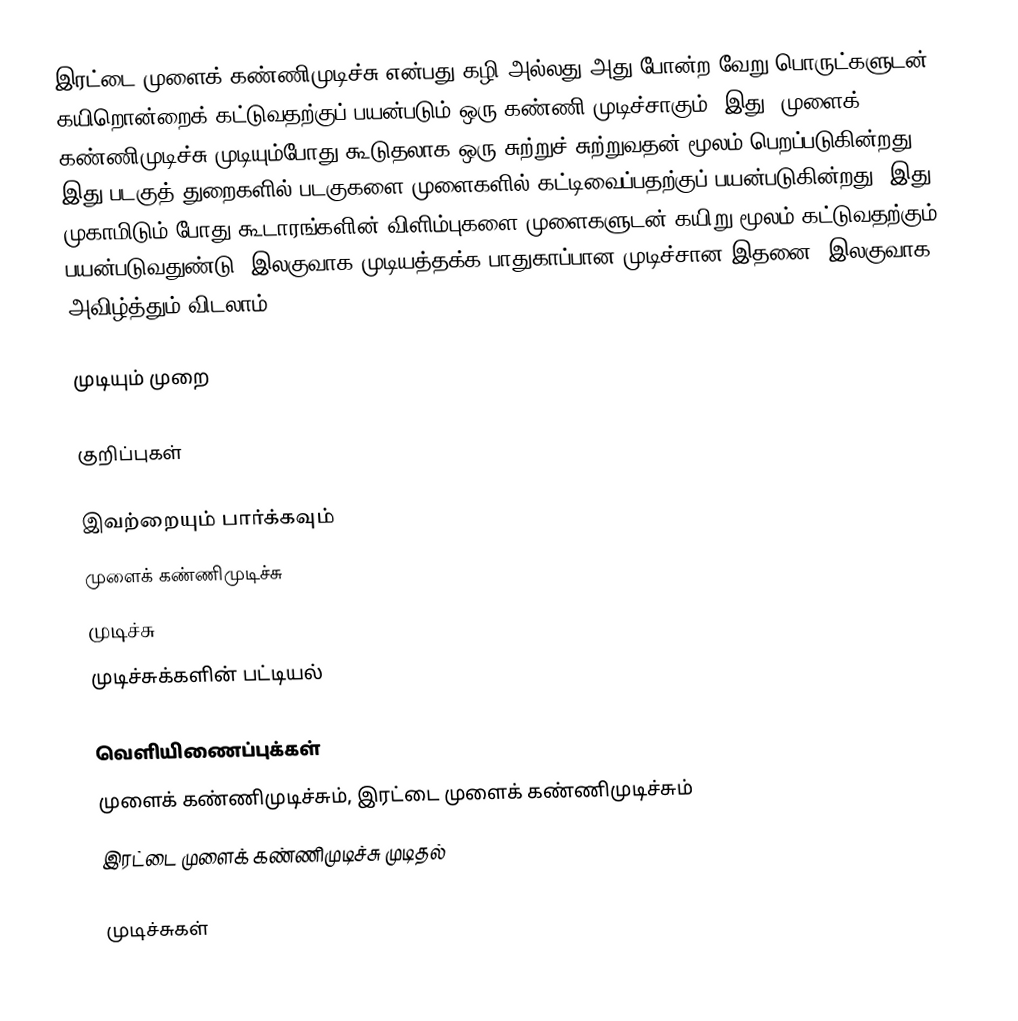
இரட்டை முளைக் கண்ணிமுடிச்சு என்பது கழி அல்லது அது போன்ற வேறு பொருட்களுடன் கயிறொன்றைக் கட்டுவதற்குப் பயன்படும் ஒரு கண்ணி முடிச்சாகும். இது, முளைக் கண்ணிமுடிச்சு முடியும்போது கூடுதலாக ஒரு சுற்றுச் சுற்றுவதன் மூலம் பெறப்படுகின்றது. இது படகுத் துறைகளில் படகுகளை முளைகளில் கட்டிவைப்பதற்குப் பயன்படுகின்றது. இது முகாமிடும் போது கூடாரங்களின் விளிம்புகளை முளைகளுடன் கயிறு மூலம் கட்டுவதற்கும் பயன்படுவதுண்டு. இலகுவாக முடியத்தக்க பாதுகாப்பான முடிச்சான இதனை, இலகுவாக அவிழ்த்தும் விடலாம்.

முடியும் முறை

குறிப்புகள்

இவற்றையும் பார்க்கவும்
 முளைக் கண்ணிமுடிச்சு
 முடிச்சு
 முடிச்சுக்களின் பட்டியல்

வெளியிணைப்புக்கள்
 முளைக் கண்ணிமுடிச்சும், இரட்டை முளைக் கண்ணிமுடிச்சும்
 இரட்டை முளைக் கண்ணிமுடிச்சு முடிதல்

முடிச்சுகள்